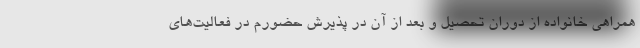
همراهی خانواده از دوران تحصیل و بعد از آن در پذیرش حضورم در فعالیت‌های